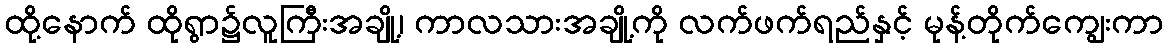
ထို့နောက် ထိုရွာ၌လူကြီးအချို့၊ ကာလသားအချို့ကို လက်ဖက်ရည်နှင့် မုန့်တိုက်ကျွေးကာ